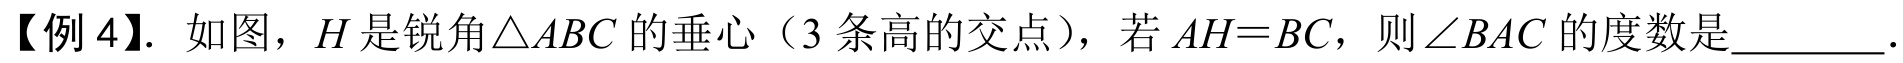
【例4】. 如图，\(H\)是锐角\(\triangle ABC\)的垂心（3条高的交点），若\(AH = BC\)，则\(\angle BAC\)的度数是________．